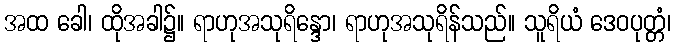
အထ ခေါ၊ ထိုအခါ၌။ ရာဟုအသုရိန္ဒော၊ ရာဟုအသုရိန်သည်။ သူရိယံ ဒေဝပုတ္တံ၊